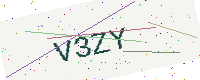
Text: V3ZY